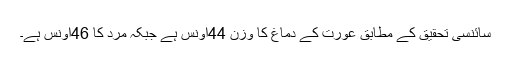
سائنسی تحقیق کے مطابق عورت کے دماغ کا وزن 44اونس ہے جبکہ مرد کا 46اونس ہے۔